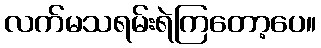
လက်မသရမ်းရဲကြတော့ပေ။